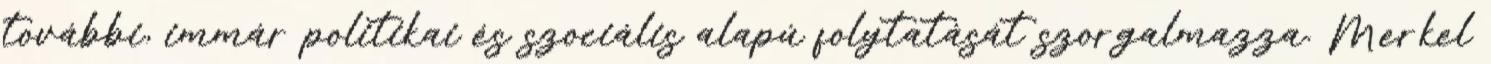
további, immár politikai és szociális alapú folytatását szorgalmazza. Merkel